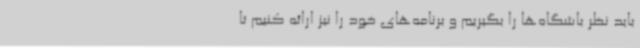
باید نظر باشگاه‌ها را بگیریم و برنامه‌های خود را نیز ارائه کنیم تا